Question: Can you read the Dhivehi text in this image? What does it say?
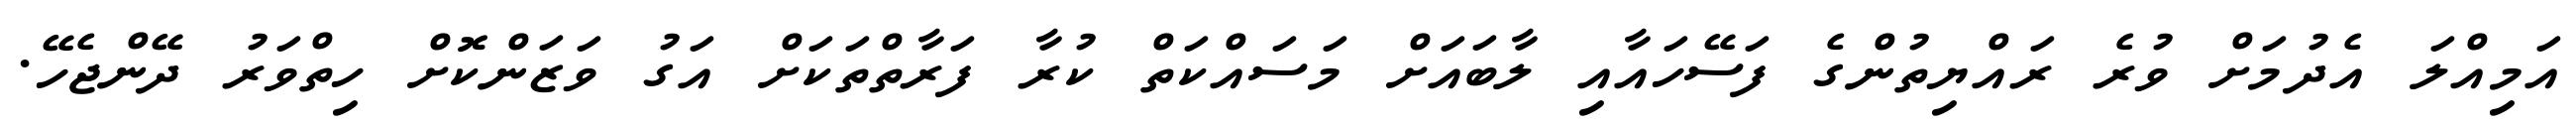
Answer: އަމިއްލަ އެދުމަށް ވުރެ ރައްޔިތުންގެ ފަސޭހައާއި ލާބައަށް މަސައްކަތް ކުރާ ފަރާތްތަކަށް އަގު ވަޒަންކޮށް ހިތްވަރު ދޭންޖެހޭ.